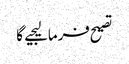
تصیح فرمالیجیے گا